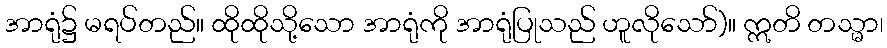
အာရုံ၌ မရပ်တည်။ ထိုထိုသို့သော အာရုံကို အာရုံပြုသည် ဟူလိုသော်)။ ဣတိ တသ္မာ၊